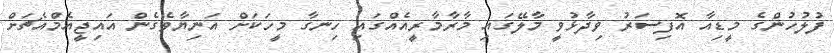
ފުލުހުންގެ މީޑިއާ އޮފިސަރު ވިދާޅުވީ މާލޭގައި މާރާމާރީއެއްގައި ހިނގާ މީހަކަށް އަނިޔާވެގެން އައިޖީއެމްއެޗަށް